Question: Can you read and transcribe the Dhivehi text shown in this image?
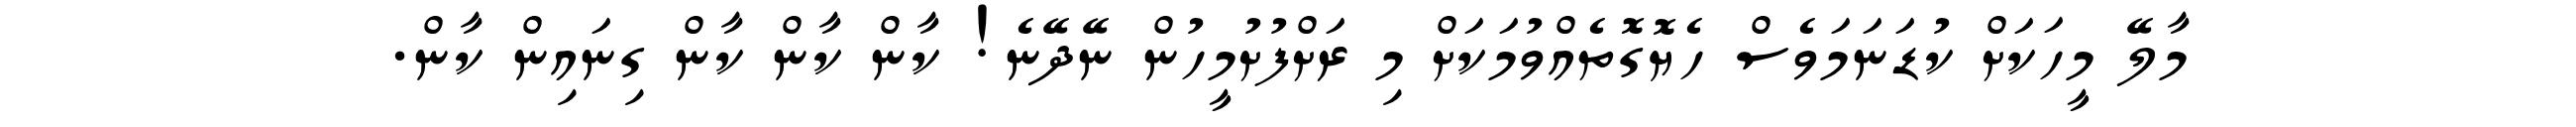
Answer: މާލޭ މީހަކަށް ކުޑަނަމަވެސް ހެޔޮގޮތެއްވުމަކަށް މި ރަށްފުށުމީހުން ނޭދޭނެ! ކާން ކާން ކާން ގިނައިން ކާން.